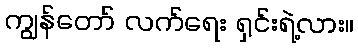
ကျွန်တော် လက်ရေး ရှင်းရဲ့လား။